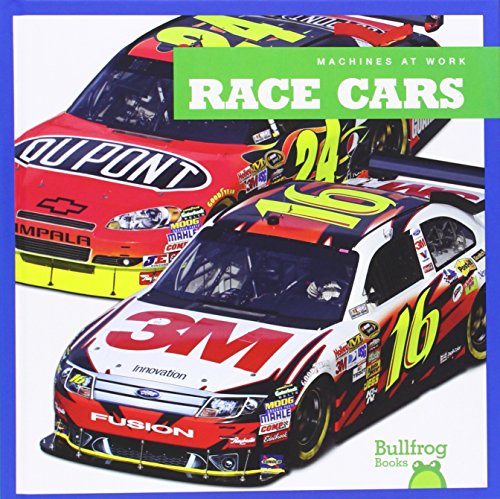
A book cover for Race Cars (Bullfrog Books: Machines at Work); Allan Morey; Children's Books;